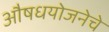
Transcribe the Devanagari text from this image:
औषधयोजनेचे